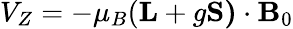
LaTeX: V_{Z}=-\mu_{B}(\mathbf{L}+g\mathbf{S)}\cdot\mathbf{B}_{0}